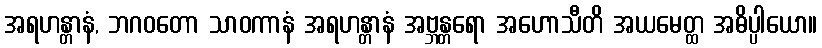
အရဟန္တာနံ, ဘဂဝတော သာဝကာနံ အရဟန္တာနံ အဗ္ဘန္တရော အဟောသီတိ အယမေတ္ထ အဓိပ္ပါယော။